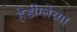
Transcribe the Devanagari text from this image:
हेडींग्लेच्या